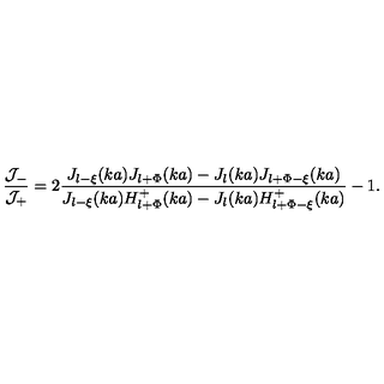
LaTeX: \displaystyle \frac { { \cal J } _ { - } } { { \cal J } _ { + } } = 2 \displaystyle \frac { J _ { l - \xi } ( k a ) J _ { l + \Phi } ( k a ) - J _ { l } ( k a ) J _ { l + \Phi - \xi } ( k a ) } { J _ { l - \xi } ( k a ) H _ { l + \Phi } ^ { + } ( k a ) - J _ { l } ( k a ) H _ { l + \Phi - \xi } ^ { + } ( k a ) } - 1 .